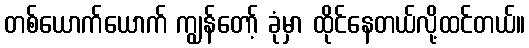
တစ်ယောက်ယောက် ကျွန်တော့် ခုံမှာ ထိုင်နေတယ်လို့ထင်တယ်။